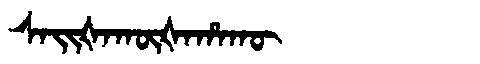
Manchu: ᠰᠠᡳᡧᠠᡴᡡᡧᠠᡥᠠᡴᡡ
Romanization: SAIŠAKŪŠAHAKŪ